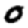
Digit: 0